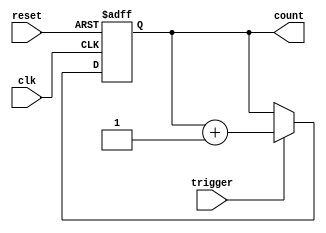
module Counter (
    input wire clk,
    input wire trigger,
    input wire reset,
    output reg [7:0] count
);

always @(posedge clk or posedge reset) begin
    if (reset) begin
        count <= 8'h00;
    end else if (trigger) begin
        count <= count + 1;
    end
end

endmodule